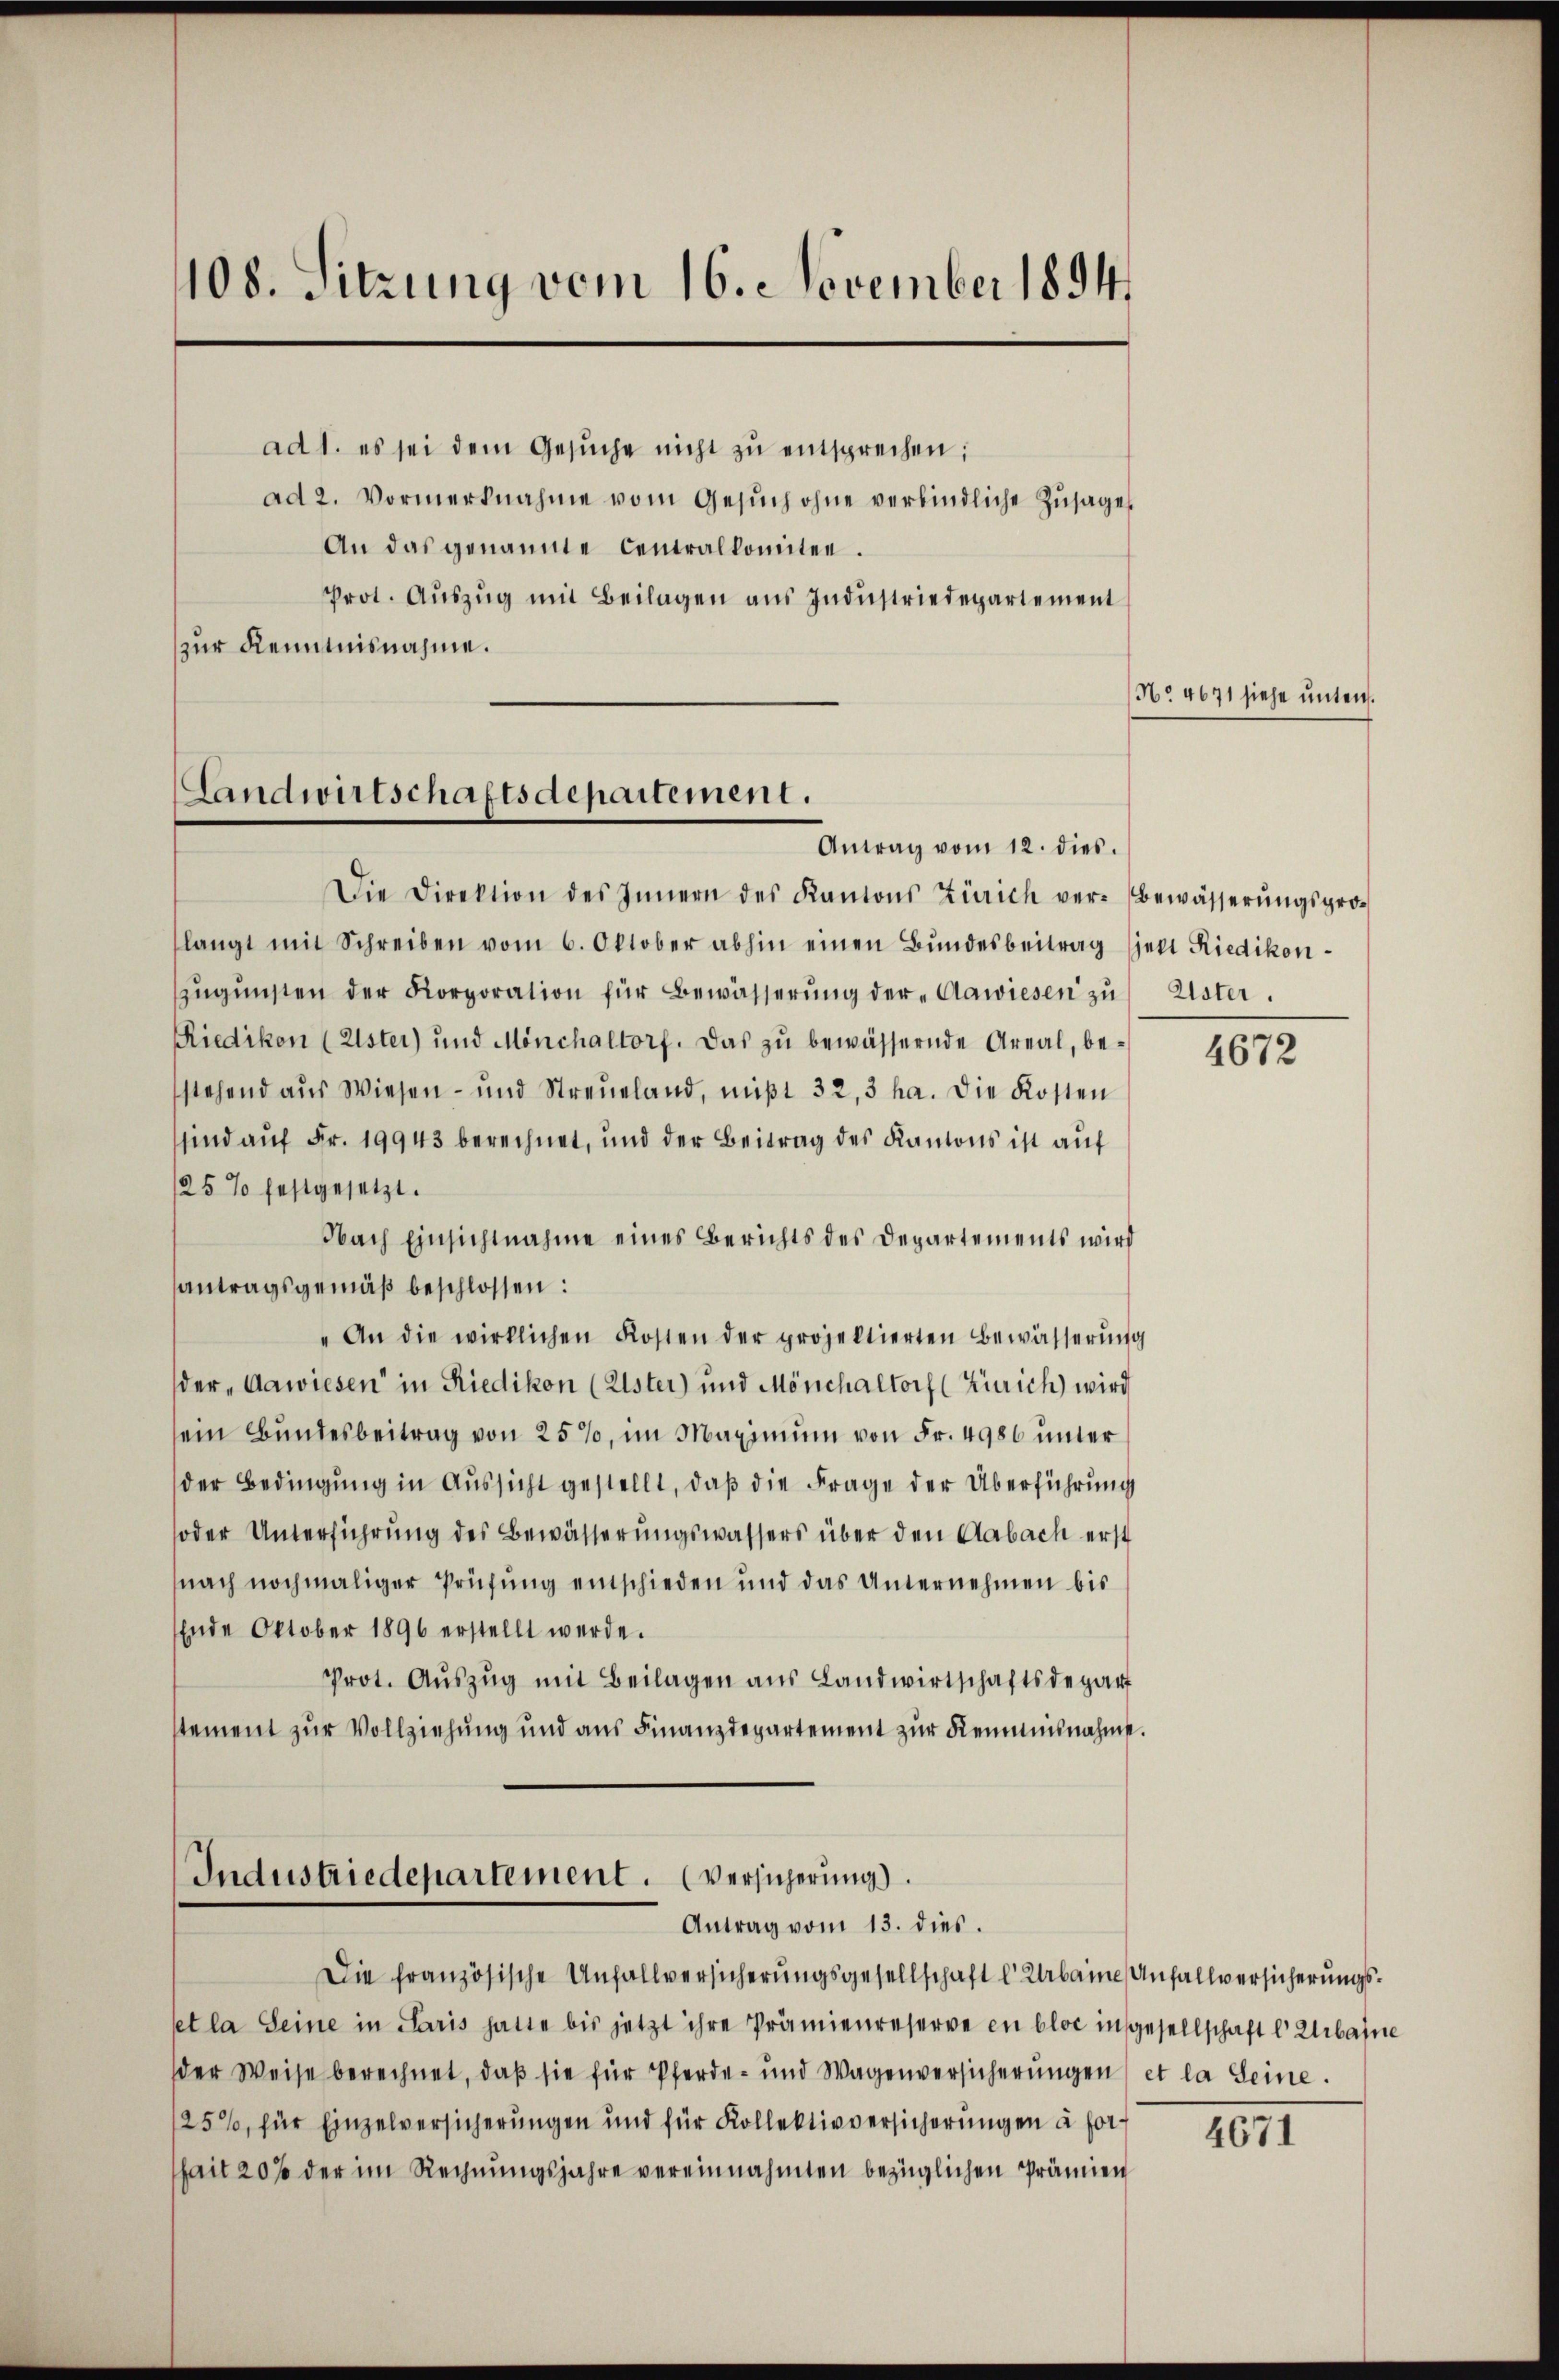
108. Sitzung vom 16. November 1894.

ad 1. es sei dem Gesŭche nicht zŭ entsprechen;
ad 2. Vormerknahme vom Gesŭch ohne verbindliche Zŭsage
An das genannte Centralkomitee.
Prot. Auszug mit Beilagen aus Industriedepartement
zur Kenntnisnahme.

Die Direktion des Innern des Kantons Zürich ver-Bewässerŭngsprolangt mit Schreiben vom 6. Oktober abhin einen Bŭndesbeitrag (jett Riedikon-
zŭgŭnsten der Korporation für Bewässerung der „Aawiesen zu
Riedikon (Elster) und Mönchaltorf. Das zŭ bewässernde Areal, be-
stehend aus Wiesen- und Streueland, mißt 32, 3 ha. Die Kosten
sind auf Fr. 19943 berechnet, und der Beitrag des Kantons ist auf
25% festgesetzt.
Nach Einsichtnahme eines Berichts des Departements wird
santragsgemäß beschlossen:
"An die wirklichen Kosten der projektierten Bewässerŭng
der „Aawiesen in Riedikon (Elster) und Mönchaltorf (Zürich) wird
sein Bundesbeitrag von 25%, im Maximum von Fr. 4986 unter
der Bedingung in Aussicht gestellt, daß die Frage der Überführung
oder Unterführung des Bewässerungswassers über den Aabach erst
nach nochmaliger Prüfŭng entschieden und das Unternehmen bis
Ende Oktober 1896 erstellt werde.
Prot. Aŭszŭg mit Beilagen aus Landwirtschaftsdegart
stement zur Vollziehung und aus Finanzdepartement zur Kemnisnahme.

Landwirtschaftsdepartement.
Antrag vom 12. dies.

Industriedepartement. (Versicherung).
Antrag vom 13. dies.

Die französische Unfallversicherungsgesellschaft d. Urbaine Anfallversicherungsset la Seine in Paris hatte bis jetzt ihre Prämienreserve en bloc insgesellschaft l. Erbaine
der Weise berechnet, daß sie für Pferde- und Wagenversicherŭngen et la Seine.
125%, für Einzelversicherungen und für Kollektivversicherungen à forhait 20% der im Rechnungsjahre vereinnahmten bezüglichen Prämien

No. 4671 siehe unten.

Uster.

4672

4671